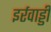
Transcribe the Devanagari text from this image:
इर्रवाड्डी